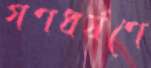
গণধর্ষণে